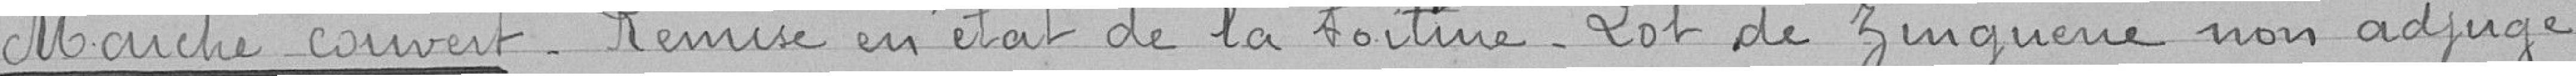
Marché couvert - Remise en état de la toiture - Lot de zinguerie non adjugé